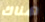
هناك